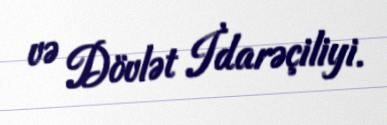
və Dövlət İdarəçiliyi.